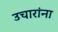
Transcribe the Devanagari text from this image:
उचारांना